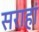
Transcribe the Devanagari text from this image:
सराहां